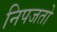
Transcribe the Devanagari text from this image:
निपजतो